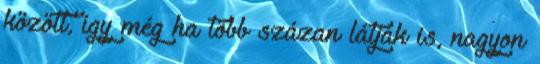
között, így még ha több százan látják is, nagyon